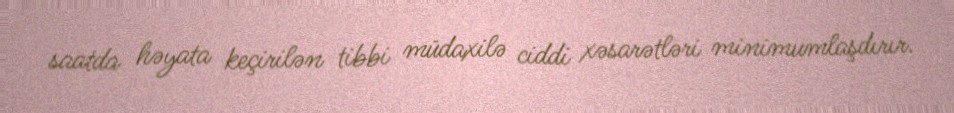
saatda həyata keçirilən tibbi müdaxilə ciddi xəsarətləri minimumlaşdırır.